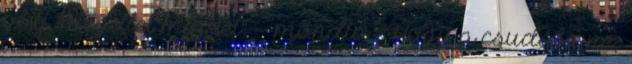
olaj "megillet minket" -- mondta. "Hogy a csudába ne,